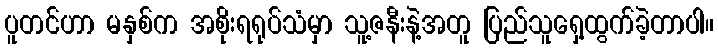
ပူတင်ဟာ မနှစ်က အစိုးရရုပ်သံမှာ သူ့ဇနီးနဲ့အတူ ပြည်သူရှေ့ထွက်ခဲ့တာပါ။